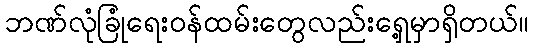
ဘဏ်လုံခြုံရေးဝန်ထမ်းတွေလည်းရှေ့မှာရှိတယ်။